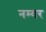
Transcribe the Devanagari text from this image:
नम्वर